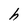
Character: h